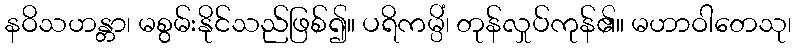
နဝိသဟန္တာ၊ မစွမ်းနိုင်သည်ဖြစ်၍။ ပရိကမ္ပိံ၊ တုန်လှုပ်ကုန်၏။ မဟာဝါတေသု၊